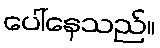
ပေါ်နေသည်။